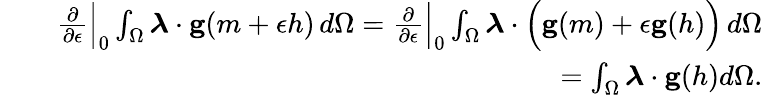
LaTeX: \begin{array}{rlr}&{}&{\frac{\partial}{\partial\epsilon}\Big\rvert_{0}\int_{\Omega}\boldsymbol{\lambda}\cdot\mathbf{g}(m+\epsilon h)\, d\Omega=\frac{\partial}{\partial\epsilon}\Big\rvert_{0}\int_{\Omega}\boldsymbol{\lambda}\cdot\Big(\mathbf{g}(m)+\epsilon\mathbf{g}(h)\Big)\, d\Omega}\\ &{}&{=\int_{\Omega}\boldsymbol{\lambda}\cdot\mathbf{g}(h)d\Omega.}\end{array}